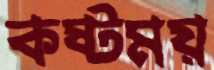
কষ্টময়